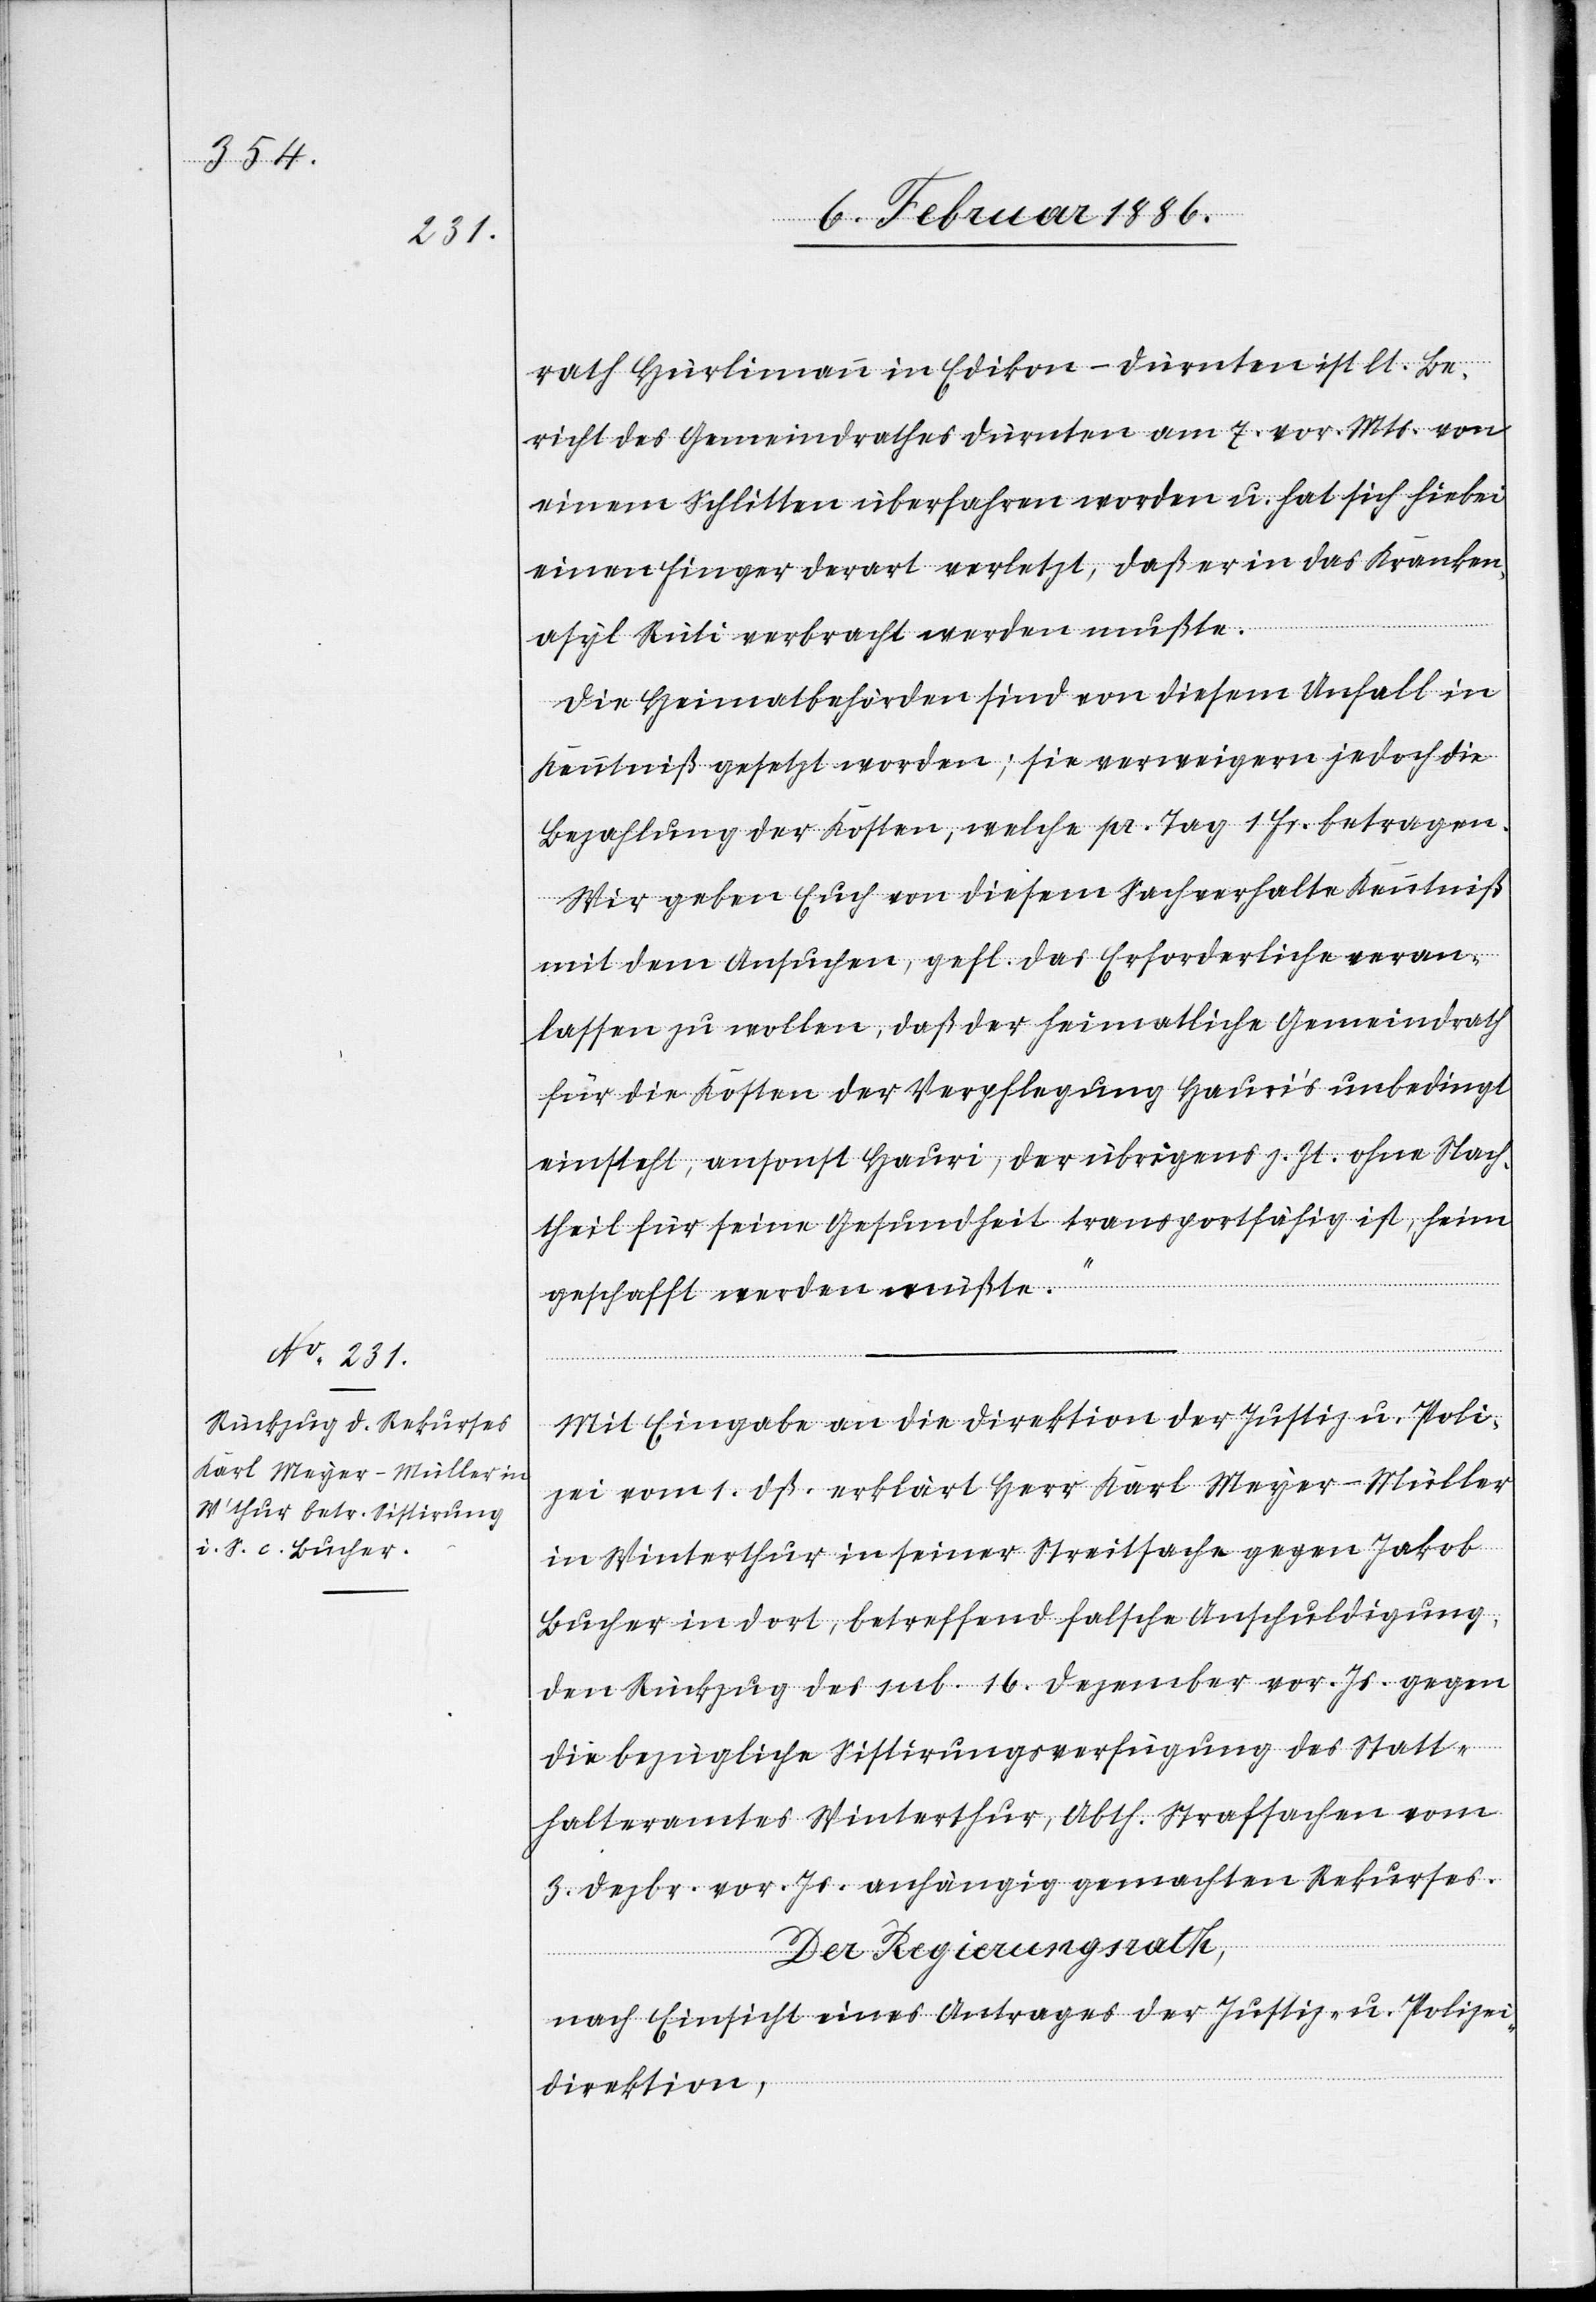
rath Hürlimann in Edikon - Dürnten ist lt. Be¬
richt des Gemeindrathes Dürnten am 7. vor. Mts. von
einem Schlitten überfahren worden u. hat sich hiebei
einen Finger derart verletzt, daß er in das Kranken¬
asyl Rüti verbracht werden mußte.
Die Heimatbehörden sind von diesem Unfall in
Kenntniß gesetzt worden; sie verweigere jedoch die
Bezahlung der Kosten, welche pr. Tag 1 Fr. betragen.
Wir geben Euch von diesem Sachverhalte Kenntniß
mit dem Ansuchen, gefl. das Erforderliche veran¬
lassen zu wollen, daß der heimatliche Gemeindrath
für die Kosten der Verpflegung Hauri’s unbedingt
einsteht, ansonst Hauri, der übrigens z. Zt. ohne Nach¬
theil für seine Gesundheit transportfähig ist, heim¬
geschafft werden müßte.“
Mit Eingabe an die Direktion der Justiz u. Poli¬
zei vom 1. dß. erklärt Herr Karl Meyer-Müller
in Winterthur in seiner Streitsache gegen Jakob
Bucher in dort, betreffend falsche Anschuldigung,
den Rückzug des sub. 16 Dezember vor. Js. gegen
die bezügliche Sistierungsverfügung des Statt¬
halteramtes Winterthur, Abth. Strafsachen vom
3. Dezbr. vor. Js. anhängig gemachten Rekurses.
Der Regierungsrath,
nach Einsicht eines Antrages der Justiz- u. Polizei¬
direktion,